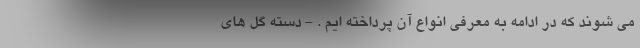
می شوند که در ادامه به معرفی انواع آن پرداخته ایم . - دسته گل های